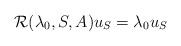
LaTeX: \begin{align*}\mathcal{R}(\lambda_0,S,A)u_S=\lambda_0u_S\end{align*}